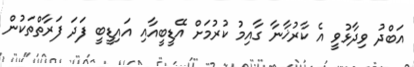
އަބްދު ވިދާޅުވީ އެ ކާރުޚާނާ ގާއިމު ކުރުމަށް އޭޑީބީއާއި އައިޑީބީ ފަދަ ފަރާތްތަކުން